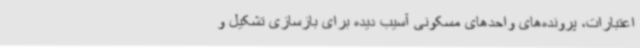
اعتبارات، پرونده‌های واحدهای مسکونی آسیب دیده برای بازسازی تشکیل و